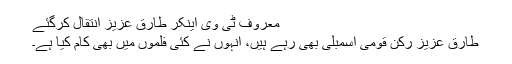
معروف ٹی وی اینکر طارق عزیز انتقال کرگئے
طارق عزیز رکن قومی اسمبلی بھی رہے ہیں، انہوں نے کئی فلموں میں بھی کام کیا ہے۔